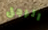
الرجل